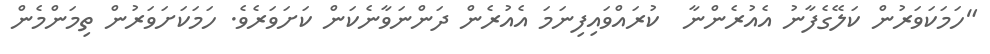
"ހަމަކަވަރުން ކަލޭގެފާނު އެއުރެންނާ  ކުރައްވައިފިނަމަ އެއުރެން ދަންނަވާނެކަން ކަށަވަރެވެ. ހަމަކަށަވަރުން ތިމަންމެން